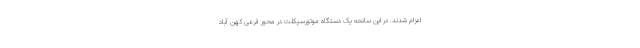
اعزام شدند. در این سانحه یک دستگاه موتورسیکلت در محور فرعی کهن آباد